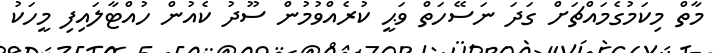
މާތް މިކަމުގެމައްޗަށް ގަދަ ނަސޭހަތް ވަޙީ ކުރެއްވުމުން ސޫދު ކެއުން ހުއްޓާލައިފި މީހަކު